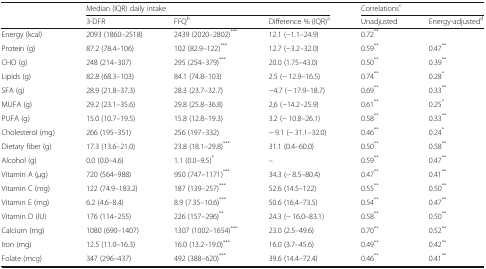
<table><thead><tr><td rowspan="2"></td><td colspan="3"><b>Median (IQR) daily intake</b></td><td colspan="2"><b>Correlations<sup>c</sup></b></td></tr><tr><td><b>3-DFR</b></td><td><b>FFQ<sup>b</sup></b></td><td><b>Difference % (IQR)<sup>a</sup></b></td><td><b>Unadjusted</b></td><td><b>Energy-adjusted<sup>d</sup></b></td></tr></thead><tbody><tr><td>Energy (kcal)</td><td>2093 (1860–2518)</td><td>2439 (2020–2802)<sup>***</sup></td><td>12.1 (−1.1–24.9)</td><td>0.72<sup>**</sup></td><td></td></tr><tr><td>Protein (g)</td><td>87.2 (78.4–106)</td><td>102 (82.9–122)<sup>***</sup></td><td>12.7 (−3.2–32.0)</td><td>0.59<sup>**</sup></td><td>0.47<sup>**</sup></td></tr><tr><td>CHO (g)</td><td>248 (214–307)</td><td>295 (254–379)<sup>***</sup></td><td>20.0 (1.75–43.0)</td><td>0.50<sup>**</sup></td><td>0.39<sup>**</sup></td></tr><tr><td>Lipids (g)</td><td>82.8 (68.3–103)</td><td>84.1 (74.8–103)</td><td>2.5 (− 12.9–16.5)</td><td>0.74<sup>**</sup></td><td>0.28<sup>*</sup></td></tr><tr><td>SFA (g)</td><td>28.9 (21.8–37.3)</td><td>28.3 (23.7–32.7)</td><td>−4.7 (− 17.9–18.7)</td><td>0.69<sup>**</sup></td><td>0.33<sup>**</sup></td></tr><tr><td>MUFA (g)</td><td>29.2 (23.1–35.6)</td><td>29.8 (25.8–36.8)</td><td>2,6 (−14.2–25.9)</td><td>0.61<sup>**</sup></td><td>0.25<sup>*</sup></td></tr><tr><td>PUFA (g)</td><td>15.0 (10.7–19.5)</td><td>15.8 (12.8–19.3)</td><td>3.2 (− 10.8–26.1)</td><td>0.58<sup>**</sup></td><td>0.33<sup>**</sup></td></tr><tr><td>Cholesterol (mg)</td><td>266 (195–351)</td><td>256 (197–332)</td><td>− 9.1 (− 31.1–32.0)</td><td>0.46<sup>**</sup></td><td>0.24<sup>*</sup></td></tr><tr><td>Dietary fiber (g)</td><td>17.3 (13.6–21.0)</td><td>23.8 (18.1–29.8)<sup>***</sup></td><td>31.1 (0.4–60.0)</td><td>0.50<sup>**</sup></td><td>0.58<sup>**</sup></td></tr><tr><td>Alcohol (g)</td><td>0.0 (0.0–4.6)</td><td>1.1 (0.0–9.5)<sup>*</sup></td><td>–</td><td>0.59<sup>**</sup></td><td>0.47<sup>**</sup></td></tr><tr><td>Vitamin A (μg)</td><td>720 (564–988)</td><td>950 (747–1171)<sup>***</sup></td><td>34.3 (− 8.5–80.4)</td><td>0.47<sup>**</sup></td><td>0.41<sup>**</sup></td></tr><tr><td>Vitamin C (mg)</td><td>122 (74.9–183.2)</td><td>187 (139–257)<sup>***</sup></td><td>52.6 (14.5–122)</td><td>0.55<sup>**</sup></td><td>0.50<sup>**</sup></td></tr><tr><td>Vitamin E (mg)</td><td>6.2 (4.6–8.4)</td><td>8.9 (7.35–10.6)<sup>***</sup></td><td>50.6 (16.4–73.5)</td><td>0.54<sup>**</sup></td><td>0.47<sup>**</sup></td></tr><tr><td>Vitamin D (IU)</td><td>176 (114–255)</td><td>226 (157–296)<sup>**</sup></td><td>24.3 (− 16.0–83.1)</td><td>0.58<sup>**</sup></td><td>0.50<sup>**</sup></td></tr><tr><td>Calcium (mg)</td><td>1080 (690–1407)</td><td>1307 (1002–1654)<sup>***</sup></td><td>23.0 (2.5–49.6)</td><td>0.70<sup>**</sup></td><td>0.52<sup>**</sup></td></tr><tr><td>Iron (mg)</td><td>12.5 (11.0–16.3)</td><td>16.0 (13.2–19.0)<sup>***</sup></td><td>16.0 (3.7–45.6)</td><td>0.49<sup>**</sup></td><td>0.42<sup>**</sup></td></tr><tr><td>Folate (mcg)</td><td>347 (296–437)</td><td>492 (388–620)<sup>***</sup></td><td>39.6 (14.4–72.4)</td><td>0.46<sup>**</sup></td><td>0.41<sup>**</sup></td></tr></tbody></table>